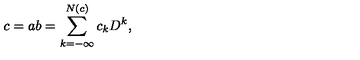
c = a b = \sum _ { k = - \infty } ^ { N ( c ) } c _ { k } D ^ { k } ,